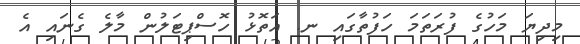
މިދިޔަ މަހުގެ ފުރަތަމަ ހަފުތާގައި ނ. އަތޮޅު ހޮސްޕިޓަލުން މާލެ ގެނައި އެ